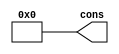
/****************************************************
*	const32 - GENERATE A CONSTAT 32 BIT NUMBER		*
*													*
*													*
*	NOTE: Takes a 32 bit signed integer from		*
*	-4294967296 to 4294967295						*
*													*
****************************************************/

module const32( cons );
	output	signed [31:0]	cons;
	
	parameter	signed [31:0]		VALUE=0;

	assign cons = VALUE;

endmodule